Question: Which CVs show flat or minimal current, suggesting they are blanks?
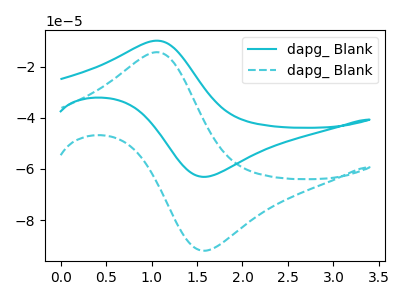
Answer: <think>The cyan curve "dapg_ Blank1" has an anodic peak at (1.05V, -9.85uA) and a cathodic peak at (1.60V, -63.05uA). The cyan dashed curve "dapg_ Blank2" has an anodic peak at (1.05V, -14.35uA) and a cathodic peak at (1.60V, -91.90uA).</think>
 <answer>There are not any CV's on this graph that are likely to be blanks.</answer>
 <eval>none</eval>